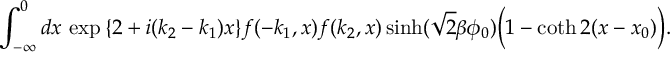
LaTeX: \int _ { - \infty } ^ { 0 } d x \, \exp { \left\{ 2 + i ( k _ { 2 } - k _ { 1 } ) x \right\} } f ( - k _ { 1 } , x ) f ( k _ { 2 } , x ) \sinh ( \sqrt { 2 } \beta \phi _ { 0 } ) \biggl ( 1 - \coth 2 ( x - x _ { 0 } ) \biggr ) .